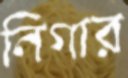
নিগার